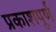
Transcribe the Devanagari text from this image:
प्रकाशपूर्ण